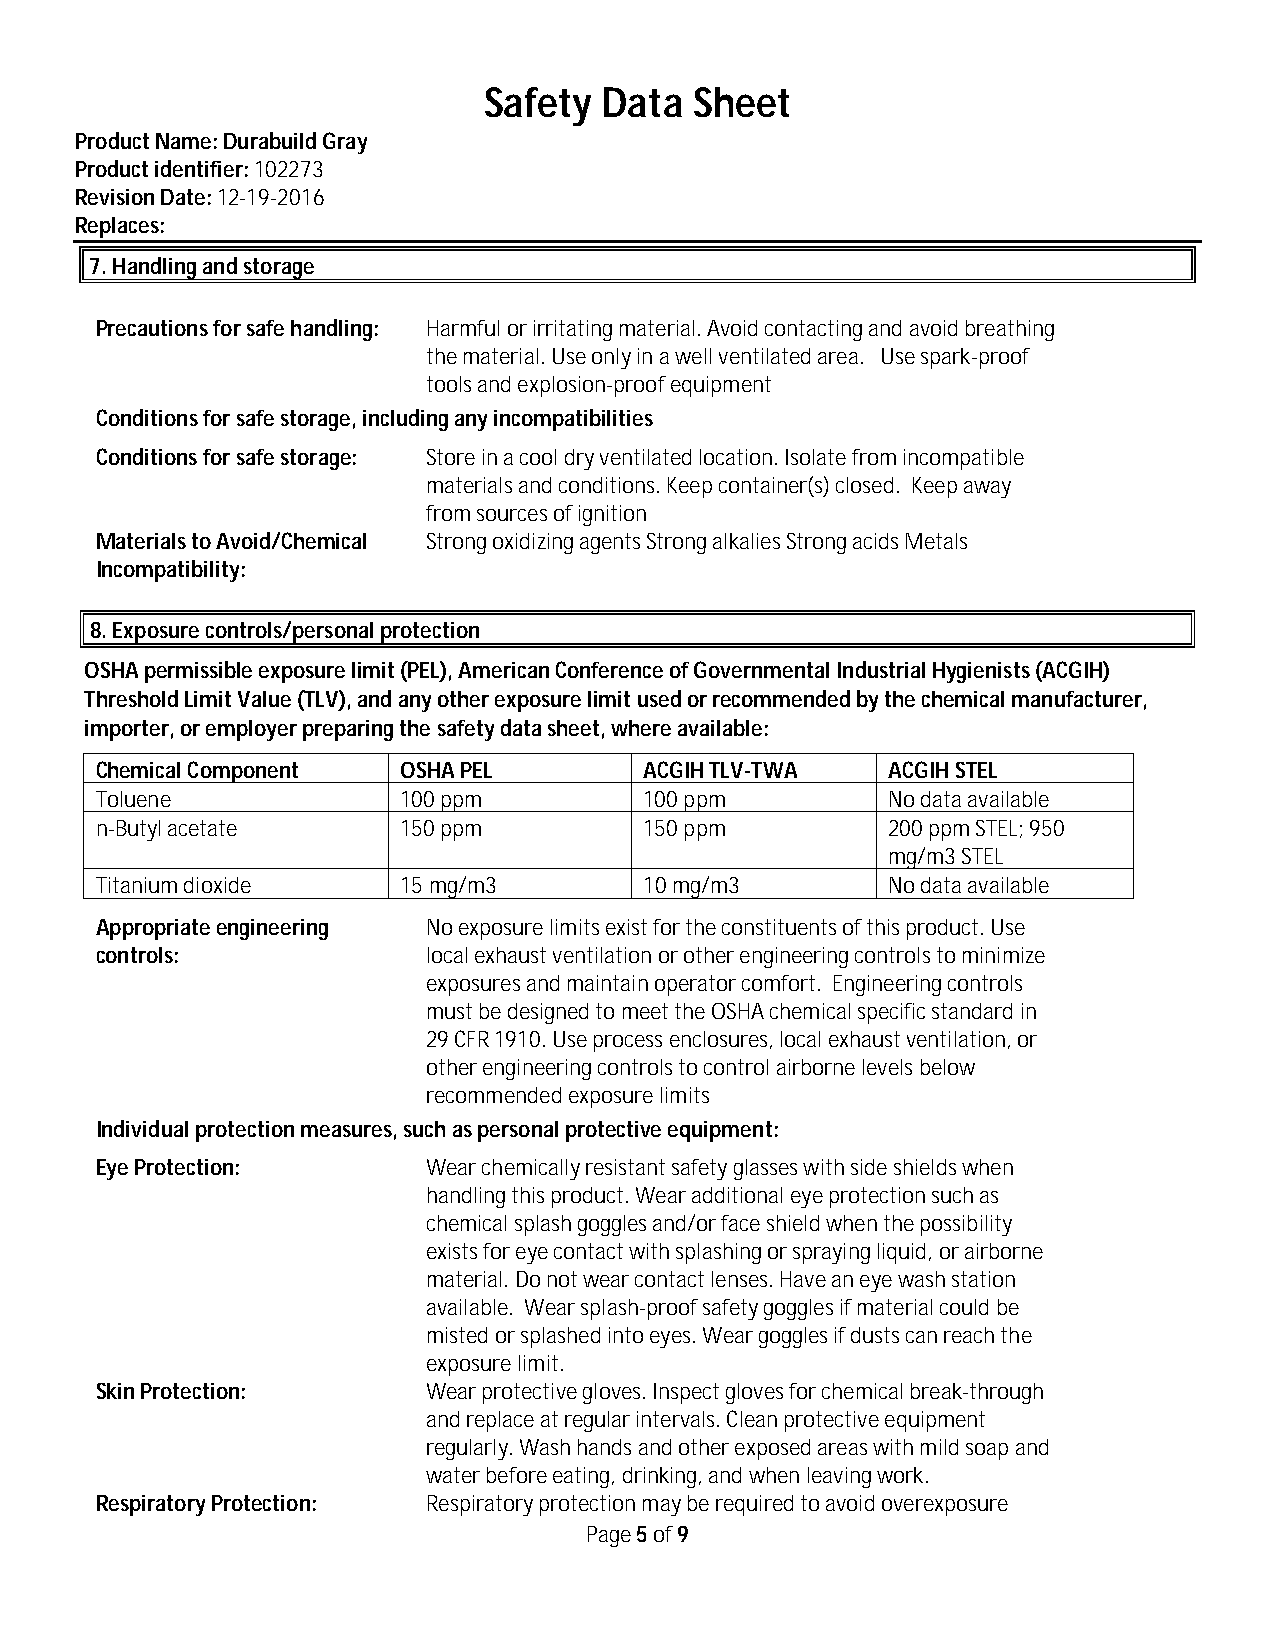
Safety  Data  Sheet
 Product Name: Durabuild Gray
 Product identifier: 102273
 Revision Date: 12-19-2016
 Replaces:
 7. Handling and storage
 Precautions for safe handling: Harmful or irritating material. Avoid contacting and avoid breathing
 the material. Use only in a well ventilated area. Use spark-proof
 tools and explosion-proof equipment
 Conditions for safe storage, including any incompatibilities
 Conditions for safe storage: Store in a cool dry ventilated location. Isolate from incompatible
 materials and conditions. Keep container(s) closed. Keep away
 from sources of ignition
 Materials to Avoid/Chemical Strong oxidizing agents Strong alkalies Strong acids Metals
 Incompatibility:
 8. Exposure controls/personal protection
 OSHA permissible exposure limit (PEL), American Conference of Governmental Industrial Hygienists (ACGIH)
 Threshold Limit Value (TLV), and any other exposure limit used or recommended by the chemical manufacturer,
 importer, or employer preparing the safety data sheet, where available:
 Chemical Component  OSHA PEL         ACGIH TLV-TWA   ACGIH STEL
 Toluene             100 ppm          100 ppm         No data available
 n-Butyl acetate     150 ppm          150 ppm         200 ppm STEL; 950
 mg/m3 STEL
 Titanium dioxide    15 mg/m3         10 mg/m3        No data available
 Appropriate engineering No exposure limits exist for the constituents of this product. Use
 controls:             local exhaust ventilation or other engineering controls to minimize
 exposures and maintain operator comfort. Engineering controls
 must be designed to meet the OSHA chemical specific standard in
 29 CFR 1910. Use process enclosures, local exhaust ventilation, or
 other engineering controls to control airborne levels below
 recommended exposure limits
 Individual protection measures, such as personal protective equipment:
 Eye Protection:       Wear chemically resistant safety glasses with side shields when
 handling this product. Wear additional eye protection such as
 chemical splash goggles and/or face shield when the possibility
 exists for eye contact with splashing or spraying liquid, or airborne
 material. Do not wear contact lenses. Have an eye wash station
 available. Wear splash-proof safety goggles if material could be
 misted or splashed into eyes. Wear goggles if dusts can reach the
 exposure limit.
 Skin Protection:      Wear protective gloves. Inspect gloves for chemical break-through
 and replace at regular intervals. Clean protective equipment
 regularly. Wash hands and other exposed areas with mild soap and
 water before eating, drinking, and when leaving work.
 Respiratory Protection: Respiratory protection may be required to avoid overexposure
 Page 5 of 9